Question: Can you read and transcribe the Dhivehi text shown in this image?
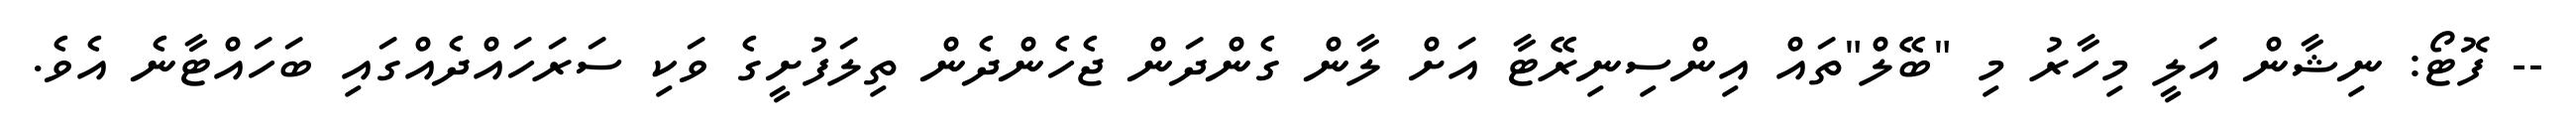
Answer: -- ފޮޓޯ: ނިޝާން އަލީ މިހާރު މި "ބޭލް"ތައް އިންސިނިރޭޓާ އަށް ލާން ގެންދަން ޖެހެންދެން ތިލަފުށީގެ ވަކި ސަރަހައްދެއްގައި ބަހައްޓާނެ އެވެ.